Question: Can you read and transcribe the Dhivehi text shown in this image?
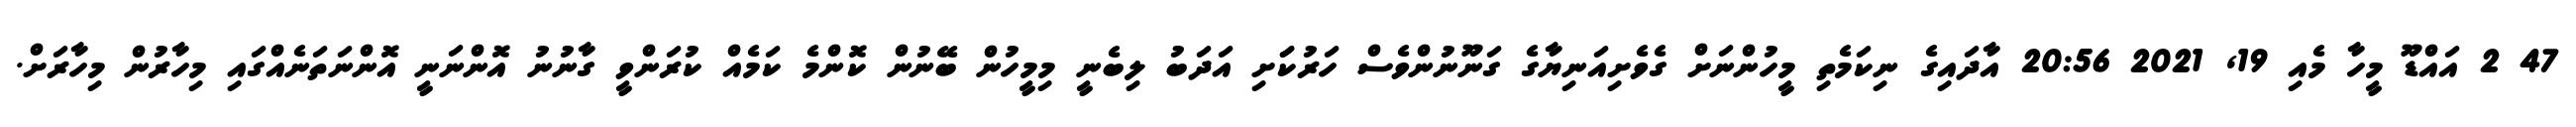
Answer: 47 2 އައްޑޫ މީހާ މެއި 19, 2021 20:56 އާދައިގެ ނިކަމެތި މީހުންނަށް ގެވެށިއަނިޔާގެ ގަނޫނުންވެސް ހަރުކަަށި އަދަބު ލިބެނީ މިމީހުން ބޭނުން ކޮންމެ ކަމެއް ކުރަންވީ ގާނުނު އޮންނަނީ އޮންނަތަނެއްގައި މިހާރުން މިހާރަށް.